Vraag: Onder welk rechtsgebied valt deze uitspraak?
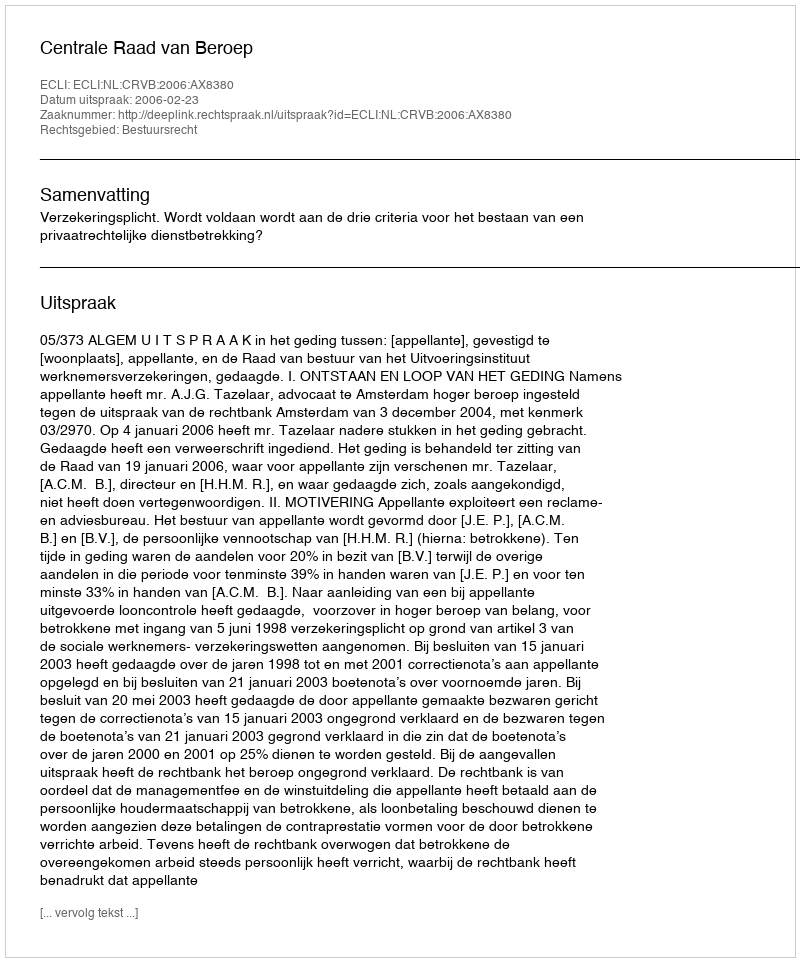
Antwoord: Bestuursrecht